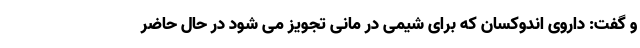
و گفت: داروی اندوکسان که برای شیمی در مانی تجویز می شود در حال حاضر